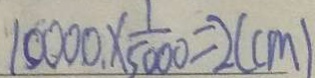
1 0 0 0 0 \times \frac { 1 } { 5 0 0 0 } = 2 ( c m )